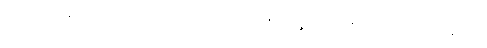
ဤသို့။ ဝစနီယာ၊ ဆိုအပ်သည်။ အဿ၊ ဖြစ်ရာ၏။ ပဉ္စမေန၊ ငါးယောက်မြောက် သော။